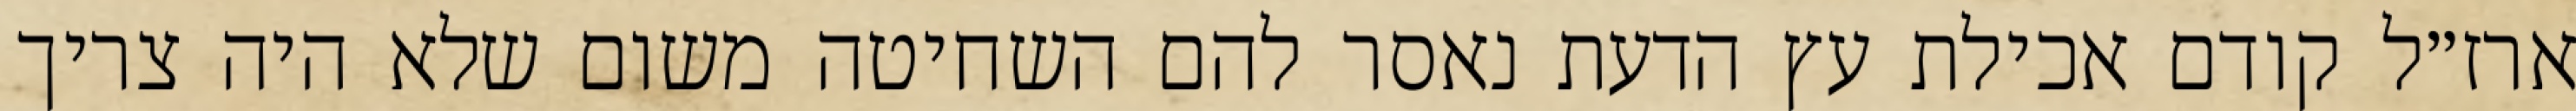
ארז״ל קודם אכילת עץ הדעת נאסר להם השחיטה משום שלא היה צריך